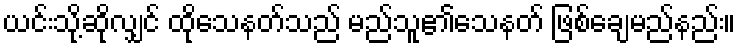
ယင်းသို့ဆိုလျှင် ထိုသေနတ်သည် မည်သူ၏သေနတ် ဖြစ်ချေမည်နည်း။